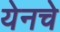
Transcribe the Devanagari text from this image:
येनचे